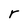
Character: r